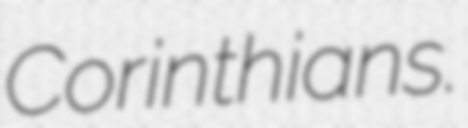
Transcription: Corinthians.